Uue-Poltsamaa_vallakohus, lk 70
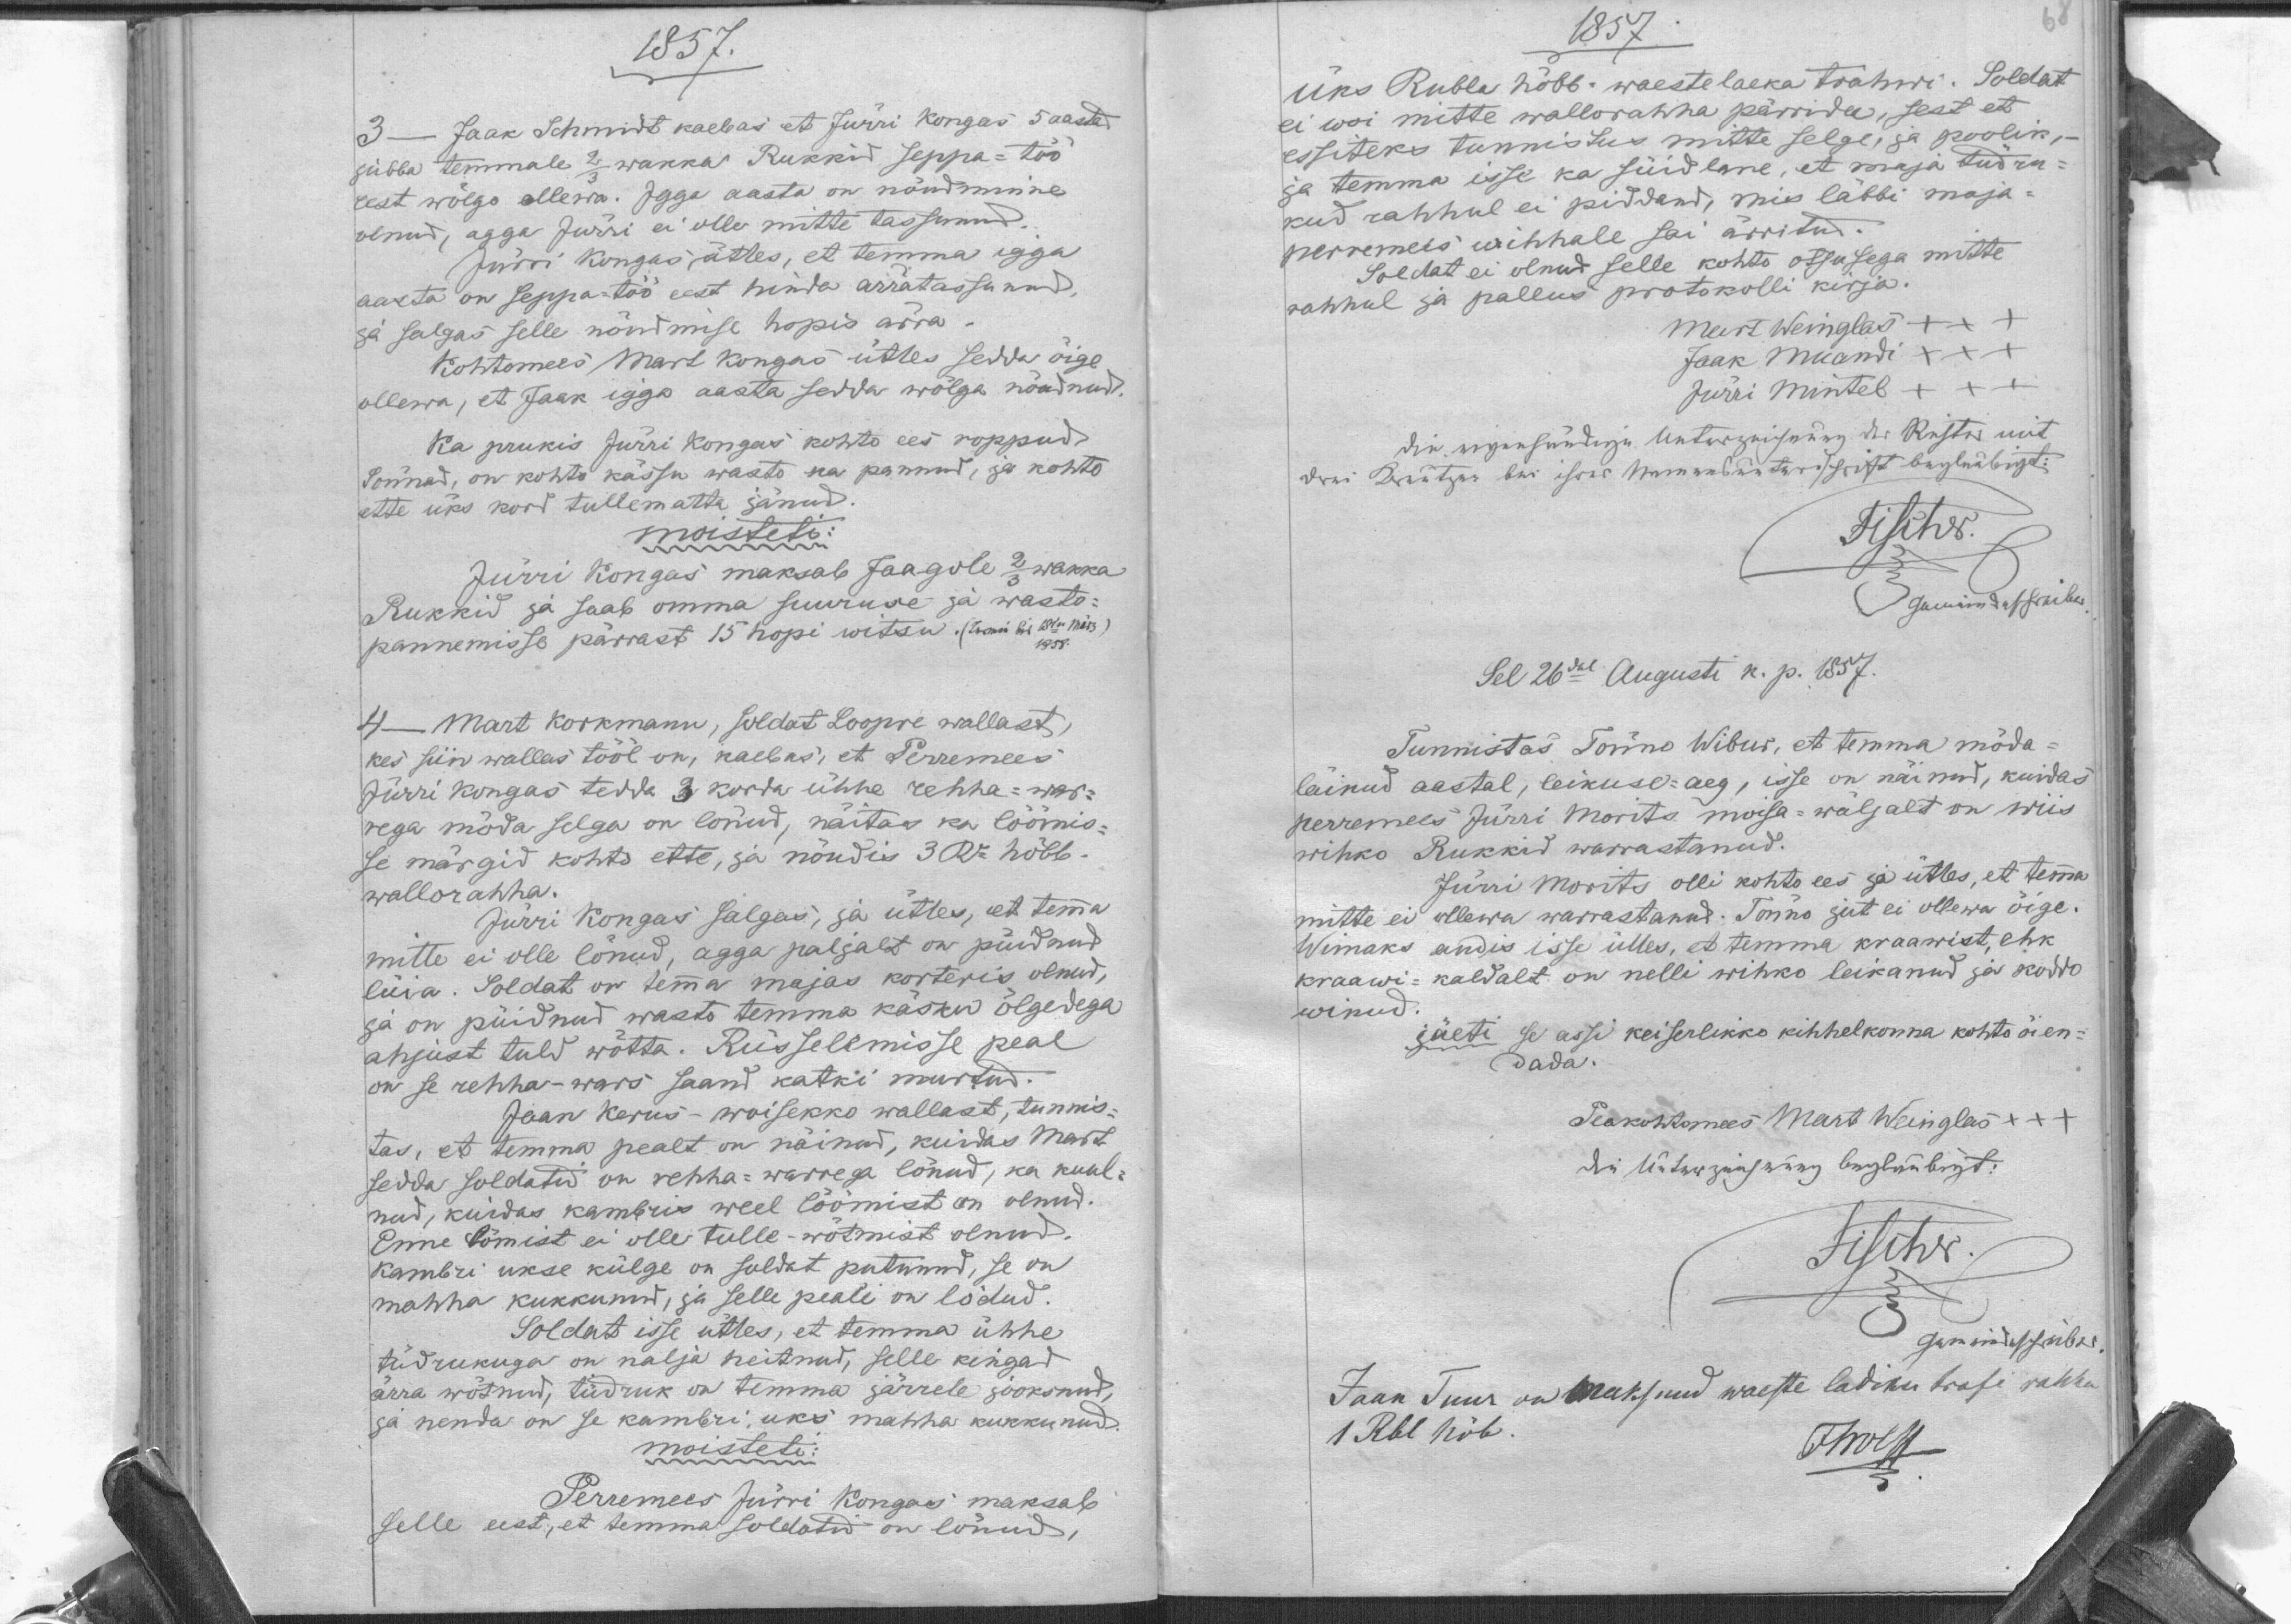
1857.
3 - Jaak Schmidt kaebas et Jürri Kongas 5 aastad
jubba temmale 2/3 wakka Rukkid seppa-töö
eest wõlgo ollewa. Igga aasta on nõudmine
olnud, agga Jürri ei olle mitte tassunud.
Jürri Kongas ütles, et temma igga
aasta on seppa-töö eest hinda ärratassunnud.
ja salgas selle nõudmise hopis ärra.
Kohtomees Mart Kongas ütles sedda õige
ollewa, et Jaak igga aasta sedda wõlga nõudnud.
Ka prukis Jürri Kongas kohto ees roppud
sõnnad, on kohto kässu wasto ka pannud, ja kohto
ette üks kord tullematta jänud.
moisteti:
Jürri Kongas maksab Jaagole 2/3 wakka
Rukkid ja saab omma suuruse ja wasto-
pannemisse pärrast 15 hopi witsu
4 - Mart Korkmann, soldat Loopre wallast,
kes siin wallas tööl on, kaebas, et Perremees
Jürri Kongas tedda 5 korda ühhe rehha-war-
rega möda selga on lönud, näitas ka löömis-
se märgid kohto ette, ja nõudis 3 Ru hõbb.
wallorahha.
Jürri Kongas salgas, ja ütles, et temma
mitte ei olle lönud, agga paljalt on püidnud
lüia. Soldat on temma majas korteris olnud,
ja on püidnud wasto temma käsku õlgedega
ahjust tuld wõtta. Rüsselemisse peal
on se rehha-wars saand katki murtud.
Jaan Kerus - woisekko wallast, tunnis-
tas, et temma pealt on näinud, kuidas Mart
sedda soldatid on rehha-warrega lönud, ka kuul-
nud, kuidas kambris weel löömist on olnud.
Enne löömist ei olle tulle-wõtmist olnud.
Kambri ukse külge on soldat putunud, se on
mahha kukkunud, ja selle peale on lödud.
Soldat isse ütles, et temma ühhe
tüdrukuga on nalja heitnud, selle kingad
ärra wötnud, tüdruk on temma järrele jooksnud
ja nenda on se kambri uks mahha kukkunud.
moisteti:
Perremees Jürri Kongas maksab
selle eest, et temma soldatid on lönud,

1857
üks Rubla hõbb. waestelaeka Trahwi. Soldat
ei woi mitte wallorahha pärrida, sest et
essiteks tunnistus mitte selge, ja poolik,
ja temma isse ka süidlane, et maja tüdru-
kud rahhul ei piddand, mis läbbi maja-
perremees wihhale sai ärritud.
Soldat ei olnud selle kohto otsusega mitte
rahhul ja pallus protokolli kirja.
XXX
Mart Weinglas
Jaak Muandi XXX
XXX
Jürri Mintel
Sel 26dal Augusti k. p. 1857.
Tunnistas Tõnno Wibur, et temma möda-
läinud aastal, leikuse-aeg, isse on näinud, kuidas
Perremees Jürri Morits moisa-wäljalt on wiis
wihko Rukkid warrastanud.
Jürri Moritz, olli kohto ees ja ütles, et temma
mitte ei ollewa warrastanud. Tõnno jut ei ollewa õige.
Wimaks andis isse ülles, et temma kraawist, ehk
kraawi-kaldalt on nelli wihko leikanud ja koddo
winud.
jäeti se assi keiserlikko kihhelkonna kohto õien-
dada.
Peakohtomees Mart Weinglas XXX
Jaan Tuur on maksnud waeste ladiku trafi rahha
1 Rbl hõb.